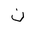
Letter: _non